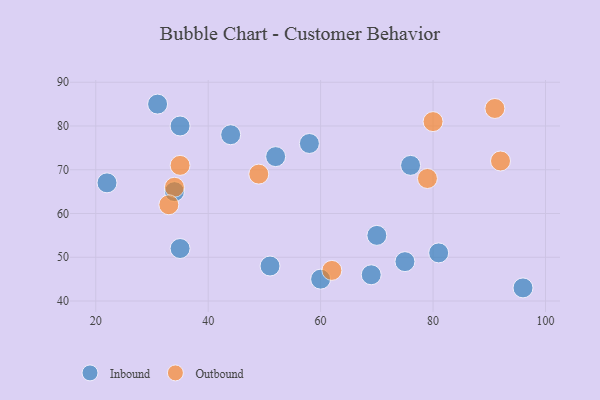
{"axis": {"x": "GDP", "y": "Life Expectancy"}, "legend": ["Inbound", "Outbound"], "data": [{"x": "60", "y": 45, "type": "Inbound"}, {"x": "96", "y": 43, "type": "Inbound"}, {"x": "44", "y": 78, "type": "Inbound"}, {"x": "69", "y": 46, "type": "Inbound"}, {"x": "58", "y": 76, "type": "Inbound"}, {"x": "35", "y": 52, "type": "Inbound"}, {"x": "34", "y": 65, "type": "Inbound"}, {"x": "75", "y": 49, "type": "Inbound"}, {"x": "70", "y": 55, "type": "Inbound"}, {"x": "81", "y": 51, "type": "Inbound"}, {"x": "76", "y": 71, "type": "Inbound"}, {"x": "51", "y": 48, "type": "Inbound"}, {"x": "22", "y": 67, "type": "Inbound"}, {"x": "52", "y": 73, "type": "Inbound"}, {"x": "31", "y": 85, "type": "Inbound"}, {"x": "35", "y": 80, "type": "Inbound"}, {"x": "35", "y": 71, "type": "Outbound"}, {"x": "62", "y": 47, "type": "Outbound"}, {"x": "34", "y": 66, "type": "Outbound"}, {"x": "49", "y": 69, "type": "Outbound"}, {"x": "33", "y": 62, "type": "Outbound"}, {"x": "80", "y": 81, "type": "Outbound"}, {"x": "79", "y": 68, "type": "Outbound"}, {"x": "92", "y": 72, "type": "Outbound"}, {"x": "91", "y": 84, "type": "Outbound"}]}